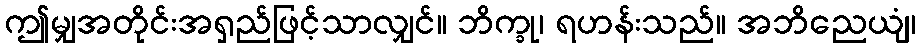
ဤမျှအတိုင်းအရှည်ဖြင့်သာလျှင်။ ဘိက္ခု၊ ရဟန်းသည်။ အဘိညေယျံ၊